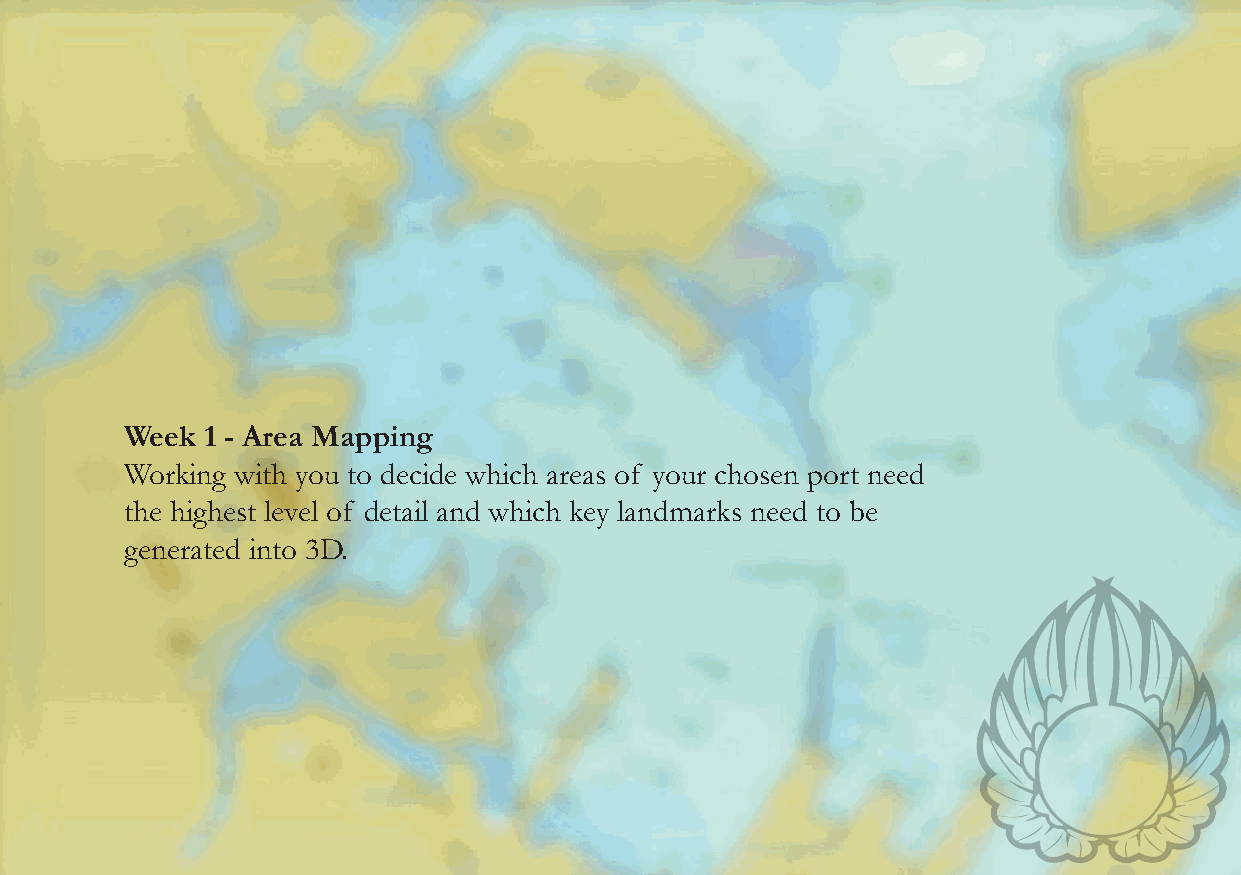
Week  1 - Area Mapping
 Working with you to decide which areas of your chosen port need
 the highest level of detail and which key landmarks need to be
 generated into 3D.